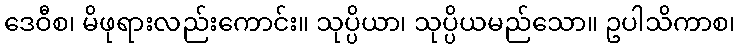
ဒေဝီစ၊ မိဖုရားလည်းကောင်း။ သုပ္ပိယာ၊ သုပ္ပိယမည်သော။ ဥပါသိကာစ၊